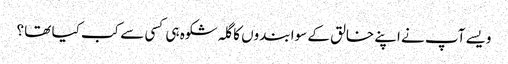
ویسے آپ نے اپنے خالق کے سوا بندوں کا گلہ شکوہ ہی کسی سے کب کیا تھا ؟